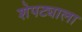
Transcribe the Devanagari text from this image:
शेपट्याला